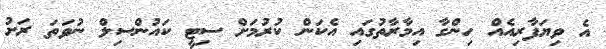
އެ ވިޔަފާރިއެއް ހިންގާ އިމާރާތުގައި އެކަން ކުރުމަށް ސިޓީ ކައުންސިލް ނުވަތަ ރަށު